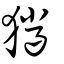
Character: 獵